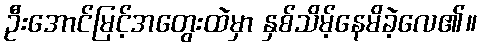
ဦးအောင်မြင့်အတွေးထဲမှာ နှစ်သိမ့်နေမိခဲ့လေ၏။